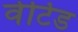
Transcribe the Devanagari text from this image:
वेटिड